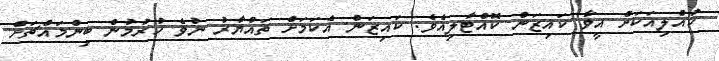
ކުއްލިއަކަށް އީވާ ކައިޒަން ކޮއްޓާލިއެވެ. ކައިޒަން އެކަމަށް ތައްޔާރު ނުވެ ހުރުމުން ބިންމައްޗަށް